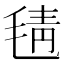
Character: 𣮛